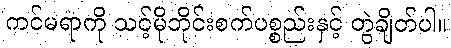
ကင်မရာကို သင့်မိုဘိုင်းစက်ပစ္စည်းနှင့် တွဲချိတ်ပါ။